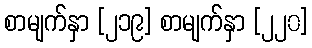
စာမျက်နှာ [၂၁၉] စာမျက်နှာ [၂၂၀]